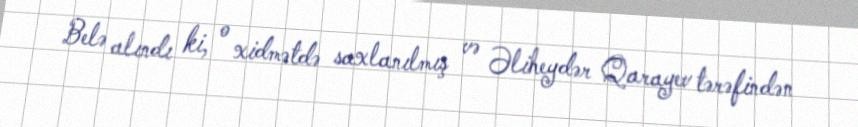
Belə alındı ki, o xidmətdə saxlanılmış və Əliheydər Qarayev tərəfindən